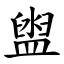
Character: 盥